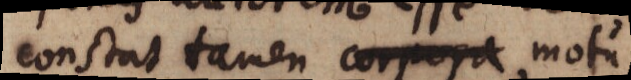
constat tamen corpora motu